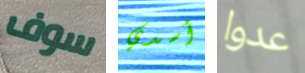
سوف أسدي عدوا